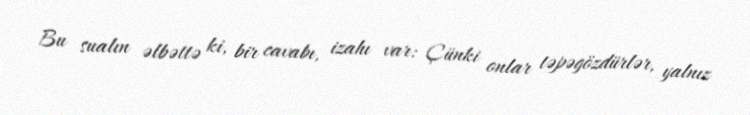
Bu sualın əlbəttə ki, bir cavabı, izahı var: Çünki onlar təpəgözdürlər, yalnız